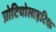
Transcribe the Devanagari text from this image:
प्रोटियोलाइटिक